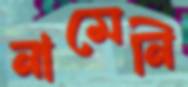
নামেনি